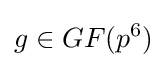
g\in GF(p^{6})